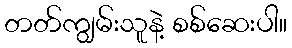
တတ်ကျွမ်းသူနဲ့ စစ်ဆေးပါ။